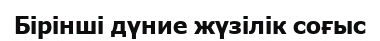
Бірінші дүние жүзілік соғыс